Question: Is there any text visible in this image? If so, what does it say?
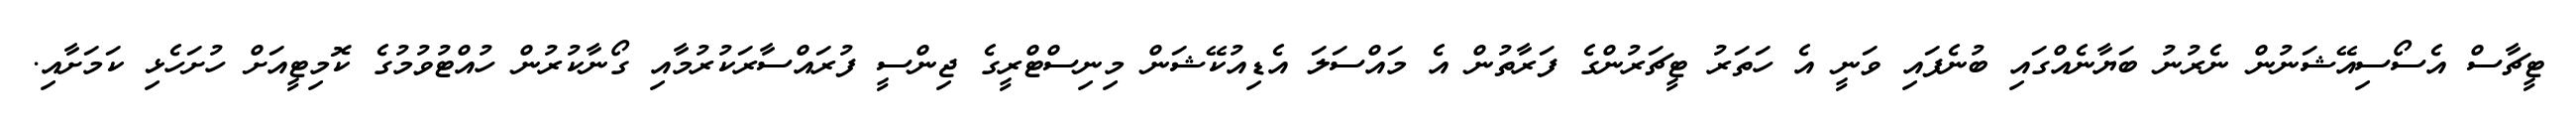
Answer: ޓީޗާސް އެސޯސިއޭޝަނުން ނެރުނު ބަޔާނެއްގައި ބުނެފައި ވަނީ އެ ހަތަރު ޓީޗަރުންގެ ފަރާތުން އެ މައްސަލަ އެޑިއުކޭޝަން މިނިސްޓްރީގެ ޖިންސީ ފުރައްސާރަކުރުމާއި ގޯނާކުރުން ހުއްޓުވުމުގެ ކޮމިޓީއަށް ހުށަހެޅި ކަމަށާއި.